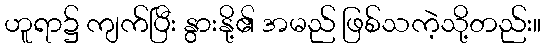
ဟူရာ၌ ကျက်ပြီး နွားနို့၏ အမည် ဖြစ်သကဲ့သို့တည်း။